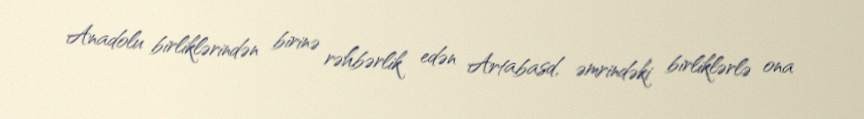
Anadolu birliklərindən birinə rəhbərlik edən Artabasd, əmrindəki birliklərlə ona